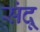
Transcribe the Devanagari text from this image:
संदू